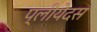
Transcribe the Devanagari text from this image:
प्लीयेदस